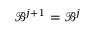
\mathcal { B } ^ { j + 1 } = \mathcal { B } ^ { j }